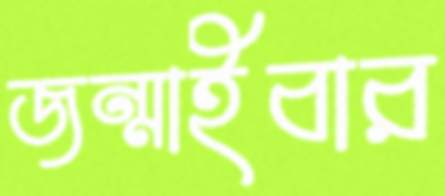
জন্মাইবার